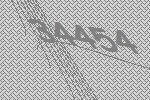
34454